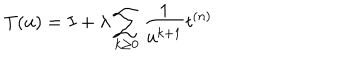
T ( u ) = I + \lambda \sum _ { k \geq 0 } \frac { 1 } { u ^ { k + 1 } } t ^ { ( n ) }